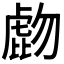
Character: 𧇂